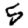
Digit: 5